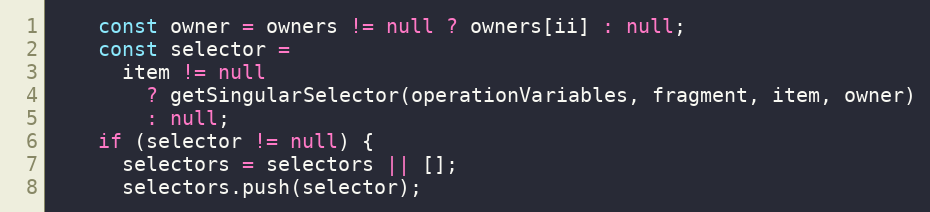
Language: JavaScript
    const owner = owners != null ? owners[ii] : null;
    const selector =
      item != null
        ? getSingularSelector(operationVariables, fragment, item, owner)
        : null;
    if (selector != null) {
      selectors = selectors || [];
      selectors.push(selector);